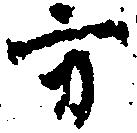
方